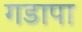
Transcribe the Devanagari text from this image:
गडापा